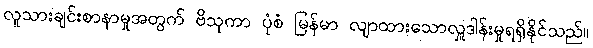
လူသားချင်းစာနာမှုအတွက် ဗိသုကာ ပုံစံ မြန်မာ လျာထားသောလှူဒါန်းမှုရရှိနိုင်သည်။